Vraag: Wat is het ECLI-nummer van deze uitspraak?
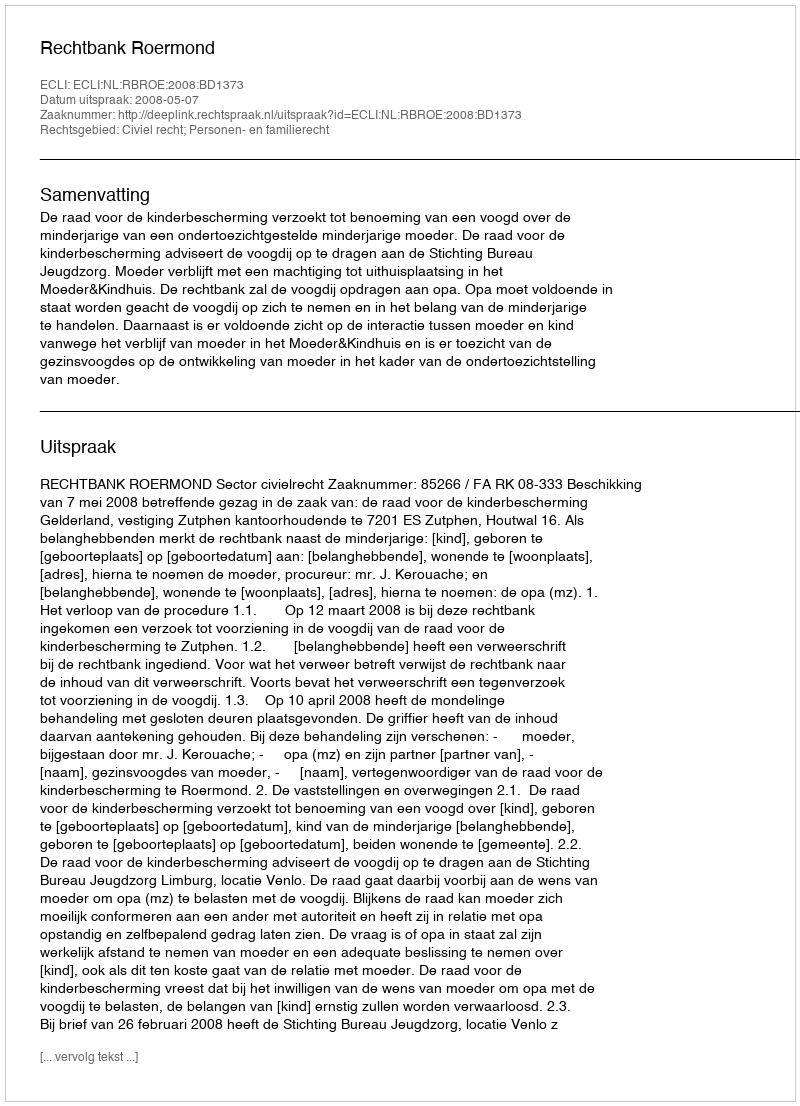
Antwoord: ECLI:NL:RBROE:2008:BD1373